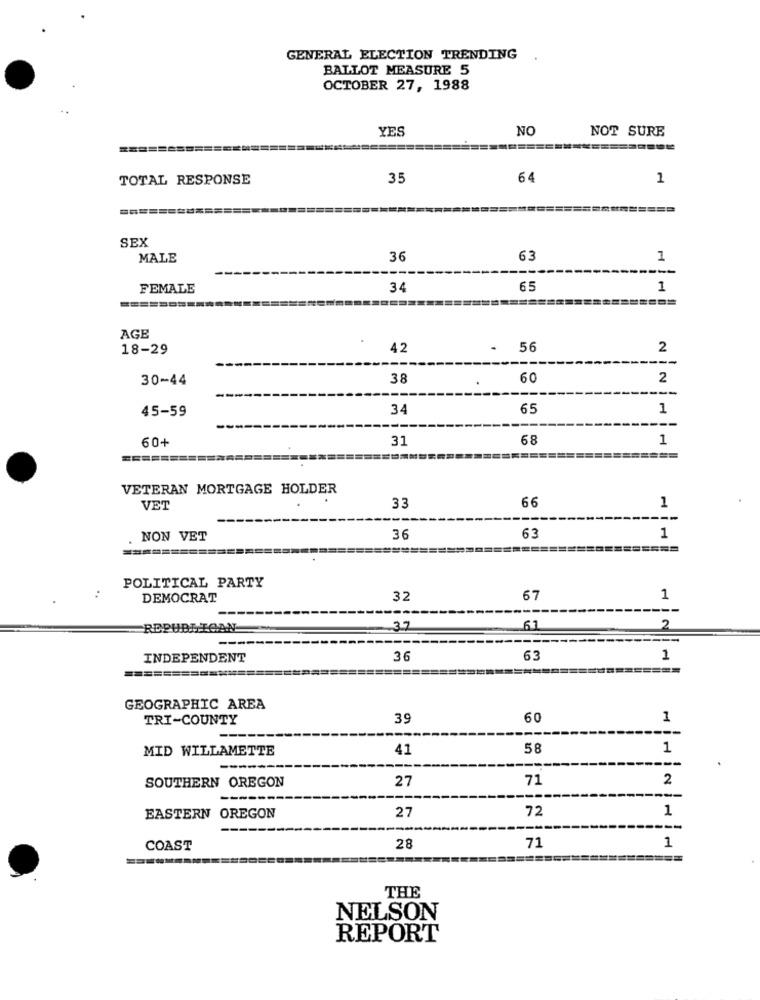
GENERAL ELECTION TRENDING
BALLOT MEASURE 5
OCTOBER 27, 1988
YES
NO
NOT SURE
========
TOTAL RESPONSE
35
64
1
====
SEX
MALE
36
63
1
------
FEMALE
34
65
1
AGE
18-29
42
.
56
2
30-44
38
60
2
45-59
34
65
1
60+
31
68
1
========
VETERAN MORTGAGE HOLDER
66
1
VET
33
-----
1
NON VET
36
63
========
POLITICAL PARTY
DEMOCRAT
32
67
1
REPUBLICAN
37
61
2
INDEPENDENT
36
63
1
========
GEOGRAPHIC AREA
TRI-COUNTY
39
60
1
MID WILLAMETTE
41
58
1
SOUTHERN OREGON
71
2
27
72
1
EASTERN OREGON
27
COAST
28
71
1
THE
NELSON
REPORT